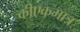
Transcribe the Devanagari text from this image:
कीएकमात्र